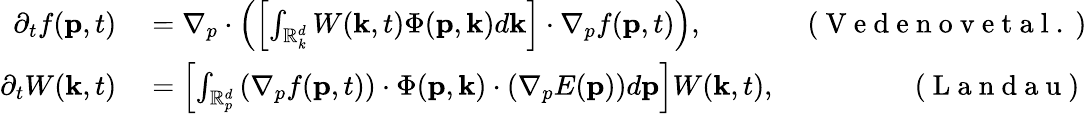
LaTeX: \begin{array}{rlr}{\partial_{t}f(\mathbf{p},t)}&{{}=\nabla_{p}\cdot\left(\left[\int_{\mathbb{R}_{k}^{d}}W(\mathbf{k},t)\Phi(\mathbf{p},\mathbf{k})d\mathbf{k}\right]\cdot\nabla_{p}f(\mathbf{p},t)\right),}&{\mathrm{~(~V~e~d~e~n~o~v~e~t~a~l~.~})}\\ {\partial_{t}W(\mathbf{k},t)}&{{}=\left[\int_{\mathbb{R}_{p}^{d}}\left(\nabla_{p}f(\mathbf{p},t)\right)\cdot\Phi(\mathbf{p},\mathbf{k})\cdot\left(\nabla_{p}E(\mathbf{p})\right)d\mathbf{p}\right]W(\mathbf{k},t),}&{\mathrm{~(~L~a~n~d~a~u~)~}}\end{array}